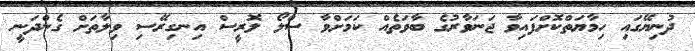
ދުނިޔޭގައި ހިމާޔަތްކޮށްފައިވާ ޖަނަވާރުގެ ބާވަތެއް ކަމަށްވާ ސްލޯ ލޮރީސް އިނގިރޭސި ވިލާތަށް ގެންދަނީ